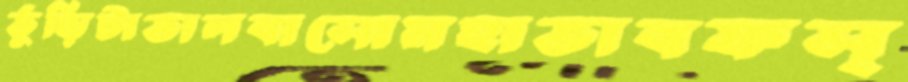
ভুঁড়িটাভালবাসোমহাভাবফস্‌